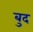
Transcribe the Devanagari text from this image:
बुद